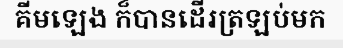
គីមឡេង ក៏បានដើរត្រឡប់មក